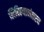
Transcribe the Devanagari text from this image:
लिहिल्यानंतरच